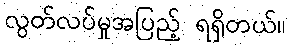
လွတ်လပ်မှုအပြည့် ရရှိတယ်။